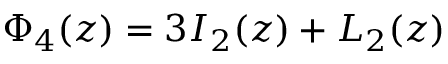
\Phi _ { 4 } ( z ) = 3 I _ { 2 } ( z ) + L _ { 2 } ( z )